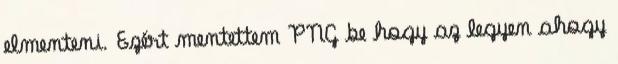
elmenteni. Ezért mentettem PNG be hogy az legyen ahogy